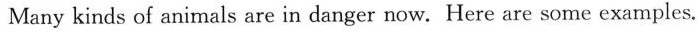
Many kinds of animals are in danger now.Here are some examples.